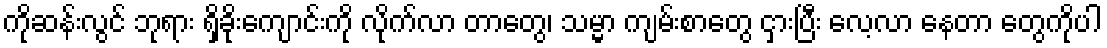
ကိုဆန်းလွင် ဘုရား ရှိခိုးကျောင်းကို လိုက်လာ တာတွေ၊ သမ္မာ ကျမ်းစာတွေ ငှားပြီး လေ့လာ နေတာ တွေကိုပါ